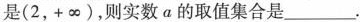
是(2，+\infty)，则实数a的取值集合是___.